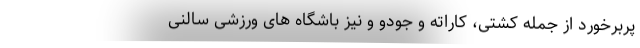
پربرخورد از جمله کشتی، کاراته و جودو و نیز باشگاه های ورزشی سالنی